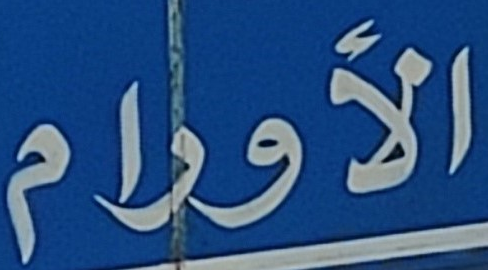
الأورام